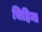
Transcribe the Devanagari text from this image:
चिहिन्त